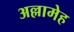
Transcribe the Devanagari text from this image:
अल्लामेह